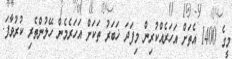
މީގެ 1400 އެތަށް އަހަރެއްކުރިން މިފަދަ ޚަބަރު ތަކަށް އަހަރެމެން ހޭލުންތެރި ކުރުވާފަ.